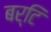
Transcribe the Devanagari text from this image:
बर्टि